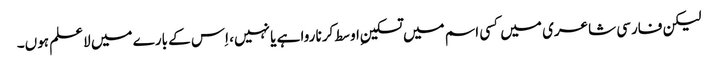
لیکن فارسی شاعری میں کسی اسم میں تسکینِ اوسط کرنا روا ہے یا نہیں، اِس کے بارے میں لاعلم ہوں۔